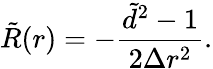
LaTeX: \tilde{R}(r)=-\frac{\tilde{d}^{2}-1}{2\Delta r^{2}}.